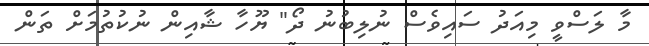
މާ ލަސްވީ މިއަދު ސައިވެސް ނުލިބުނު ދޯ" ޔޫހާ ޝާއިން ނުކުތުމަށް ތަން